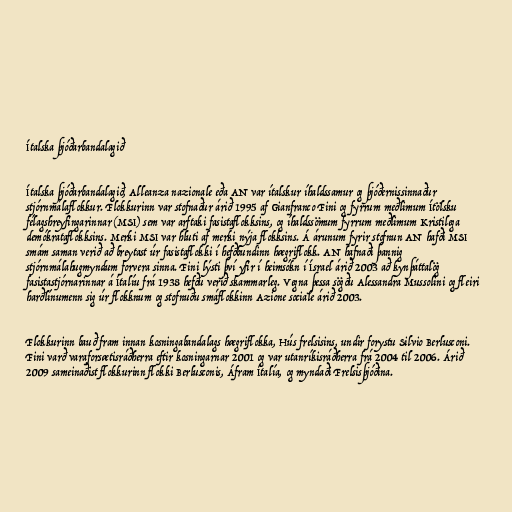
Ítalska þjóðarbandalagið

Ítalska þjóðarbandalagið, Alleanza nazionale eða AN var ítalskur íhaldssamur og þjóðernissinnaður
stjórnmálaflokkur. Flokkurinn var stofnaður árið 1995 af Gianfranco Fini og fyrrum meðlimum Ítölsku
félagshreyfingarinnar (MSI) sem var arftaki fasistaflokksins, og íhaldssömum fyrrum meðlimum Kristilega
demókrataflokksins. Merki MSI var hluti af merki nýja flokksins. Á árunum fyrir stofnun AN hafði MSI
smám saman verið að breytast úr fasistaflokki í hefðbundinn hægriflokk. AN hafnaði þannig
stjórnmálahugmyndum forvera sinna. Fini lýsti því yfir í heimsókn í Ísrael árið 2003 að kynþáttalög
fasistastjórnarinnar á Ítalíu frá 1938 hefðu verið skammarleg. Vegna þessa sögðu Alessandra Mussolini og fleiri
harðlínumenn sig úr flokknum og stofnuðu smáflokkinn Azione sociale árið 2003.

Flokkurinn bauð fram innan kosningabandalags hægriflokka, Hús frelsisins, undir forystu Silvio Berlusconi.
Fini varð varaforsætisráðherra eftir kosningarnar 2001 og var utanríkisráðherra frá 2004 til 2006. Árið
2009 sameinaðist flokkurinn flokki Berlusconis, Áfram Ítalía, og myndaði Frelsisþjóðina.